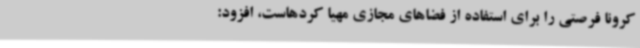
کرونا فرصتی را برای استفاده از فضاهای مجازی مهیا کردهاست، افزود: